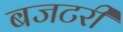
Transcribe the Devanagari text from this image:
बजटरी